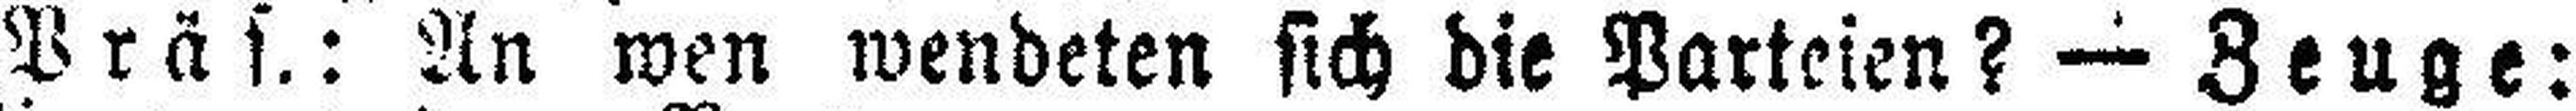
Präs.: An wen wendeten sich die Parteien? — Zeuge: